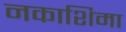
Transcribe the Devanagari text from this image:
नकाशिमा